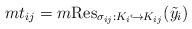
LaTeX: \begin{align*}m t_{ij}=m \mathrm{Res}_{\sigma_{ij}: K_i \hookrightarrow K_{ij}}(\tilde{y}_i)\end{align*}